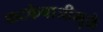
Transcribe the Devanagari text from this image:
फटकेबाजीमुळे